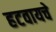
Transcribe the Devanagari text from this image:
हटवायचे